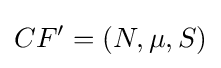
CF'=(N,\mu ,S)